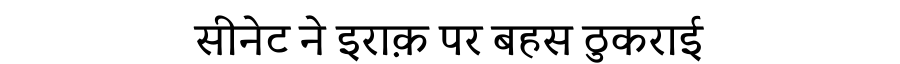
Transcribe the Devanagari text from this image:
सीनेट ने इराक़ पर बहस ठुकराई